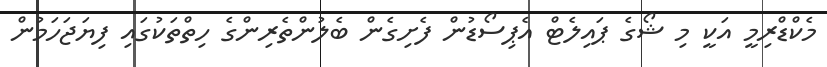
މެކްޑްރިމީ އަކީ މި ޝޯގެ ޕައިލެޓް އެޕިސޯޑުން ފެށިގެން ބެލުންތެރިންގެ ހިތްތަކުގައި ފިޔަޖަހަމުން